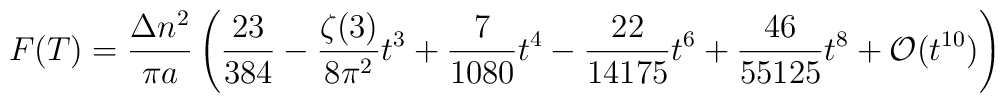
F(T)=\frac{\Delta n^2}{\pi a}\left (\frac{23}{384}-\frac{\zeta (3)}{8\pi ^2}t^3+\frac{7}{1080}t^4 -\frac{22}{14175}t^6+\frac{46}{55125}t^8+{\cal O}(t^{10})\right )